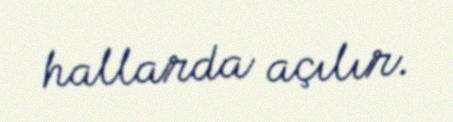
hallarda açılır.